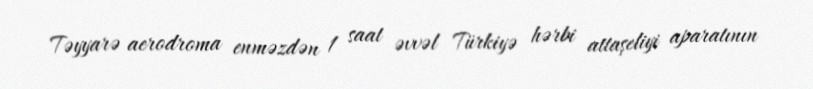
Təyyarə aerodroma enməzdən 1 saat əvvəl Türkiyə hərbi attaşeliyi aparatının